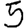
Digit: 5